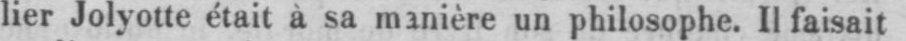
lier Jolyotte était à sa manière un philosophe. Il faisait